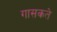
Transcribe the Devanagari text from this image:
गासकते